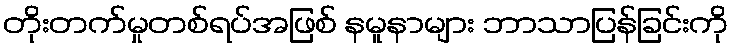
တိုးတက်မှုတစ်ရပ်အဖြစ် နမူနာများ ဘာသာပြန်ခြင်းကို